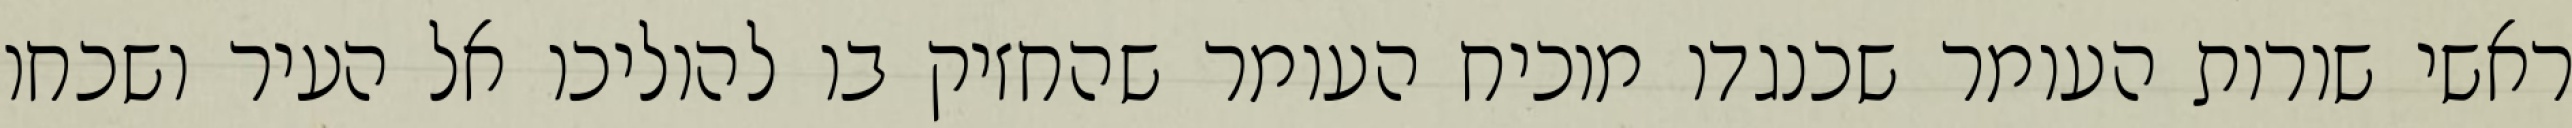
ראשי שורות העומר שכנגדו מוכיח העומר שהחזיק בו להוליכו אל העיר ושכחו